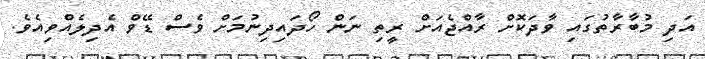
އަދި މުބާރާތުގައި ވާދަކޮށް ރާއްޖެއަށް ރީތި ނަން ހޯދައިދިނުމަށް ވެސް ޑޭވް އެދިލެއްވިއެވެ.